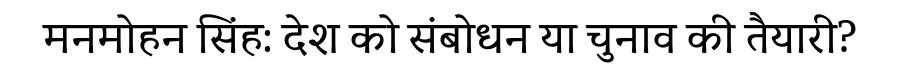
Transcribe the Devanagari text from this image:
मनमोहन सिंह: देश को संबोधन या चुनाव की तैयारी?